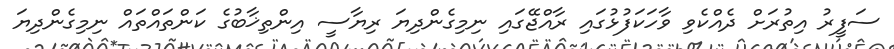
ސަފީރު އިތުރަށް ދެއްކެވި ވާހަކަފުޅުގައި ރާއްޖޭގައި ނިމިގެންދިޔަ ރިޔާސީ އިންތިޚާބުގެ ކަންތައްތައް ނިމިގެންދިޔަ